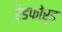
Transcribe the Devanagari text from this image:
रैडफोर्ड